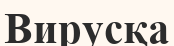
Вирусқа